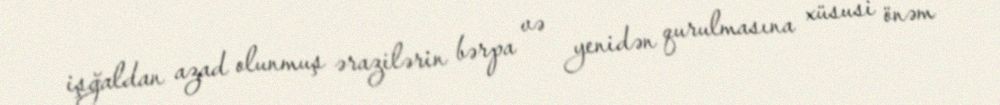
işğaldan azad olunmuş ərazilərin bərpa və yenidən qurulmasına xüsusi önəm